Reports on dispensaries and lunatic asylums in the Province of Oudh - 1869-1876
Year: 1869
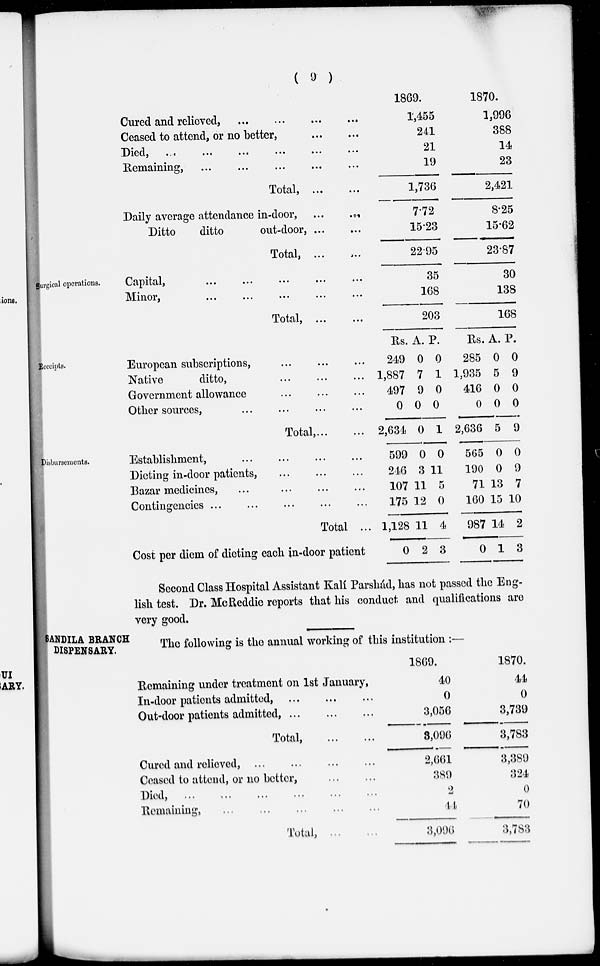
( 9 )
Cured and relieved,
...
...
...
...
Ceased to attend, or no better,
...
...
Died,
...
...
...
...
...
...
Remaining, ... ... ... ... ...
Total,
...
...
Daily average attendance in-door, ...
...
Ditto
ditto
out-door, ... ...
Total, ...
...
1869.
1,455
241
21
19
1,736
7.72
15.23
22.95
1870.
1,996
388
14
23
2,421
8.25
15.62
23.87
Surgical operations.
Capital,
...
...
...
...
...
Minor,
...
...
...
...
...
Total,
...
...
35
168
203
30
138
168
Receipts.
European subscriptions, ... ... ...
Native
ditto, ... ... ...
Government allowance ... ... ...
Other sources, ... ... ... ...
Total, ... ...
Rs.
249
1,887
497
0
2,634
A.
0
7
9
0
0
P.
0
1
0
0
1
Rs.
285
1,935
416
0
2,636
A.
0
5
0
0
5
P.
0
9
0
0
9
Disbursements.
Establishment, ... ... ... ...
Dieting in-door patients, ... ... ...
Bazar medicines, ... ... ... ...
Contingencies ... ... ... ... ...
Total ...
Cost per diem of dieting each in-door patient
599
246
107
175
1,128
0
0
3
11
12
11
2
0
11
5
0
4
3
565
190
71
160
987
0
0
0
13
15
14
1
0
9
7
10
2
3
Second Class Hospital Assistant Kalí Parshád, has not passed the Eng-
lish test. Dr. McReddie reports that his conduct and qualifications are
very good.
SANDILA BRANCH
DISPENSARY.
The following is the annual working of this institution :—
Remaining under treatment on 1st January,
In-door patients admitted, ... ... ...
Out-door patients admitted,
...
...
...
Total,
...
...
Cured and relieved, ... ... ... ...
Ceased to attend, or no better,
...
...
Died,
...
...
...
...
...
...
Remaining, ... ... ... ... ...
Total,
...
...
1869.
40
0
3,056
3,096
2,661
389
2
44
3,096
1870.
44
0
3,739
3,783
3,389
324
0
70
3,783